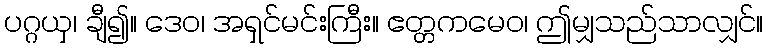
ပဂ္ဂယှ၊ ချီ၍။ ဒေဝ၊ အရှင်မင်းကြီး။ ဧတ္တကမေဝ၊ ဤမျှသည်သာလျှင်။